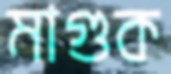
মাগুক